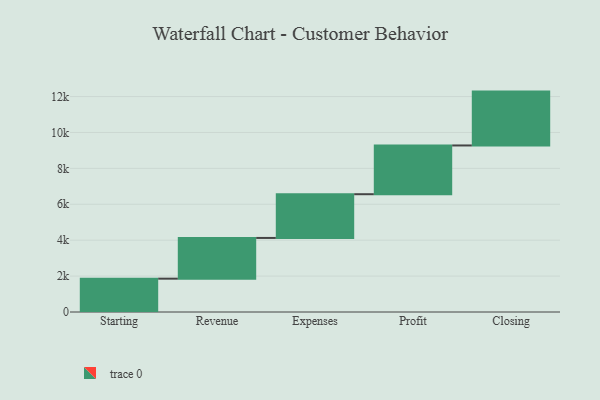
{"axis": {"x": "Step", "y": "Value"}, "legend": [""], "data": [{"x": "Starting", "y": 1857.0, "type": ""}, {"x": "Revenue", "y": 2268.0, "type": ""}, {"x": "Expenses", "y": 2436.0, "type": ""}, {"x": "Profit", "y": 2715.0, "type": ""}, {"x": "Closing", "y": 3000, "type": ""}]}